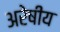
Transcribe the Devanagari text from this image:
अरेषीय